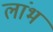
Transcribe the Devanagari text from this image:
लांभ